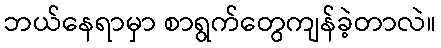
ဘယ်နေရာမှာ စာရွက်တွေကျန်ခဲ့တာလဲ။